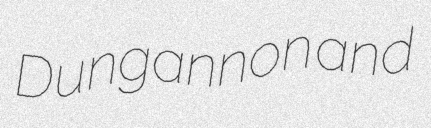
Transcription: Dungannon and